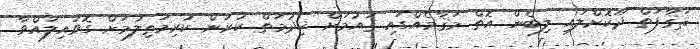
ޘަޤާފަތް ދޫކޮށްލައި ލިބެން އޮތް މަޤާމެއްގައި ޤައުމަށް ޚިދުމަތް ކުރަން ކުރިމަތިލުމަށް ގޮވައިލައްވާ